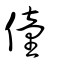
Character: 僮